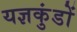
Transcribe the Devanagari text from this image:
यज्ञकुंडों